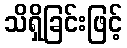
သိရှိခြင်းဖြင့်